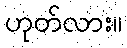
ဟုတ်လား။